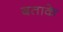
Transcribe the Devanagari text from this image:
बताके